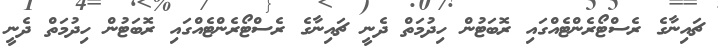
ޗައިނާގެ ރެސްޓޯރެންޓެއްގައި ރޮބަޓުން ހިދުމަތް ދެނީ ޗައިނާގެ ރެސްޓޯރެންޓެއްގައި ރޮބަޓުން ހިދުމަތް ދެނީ